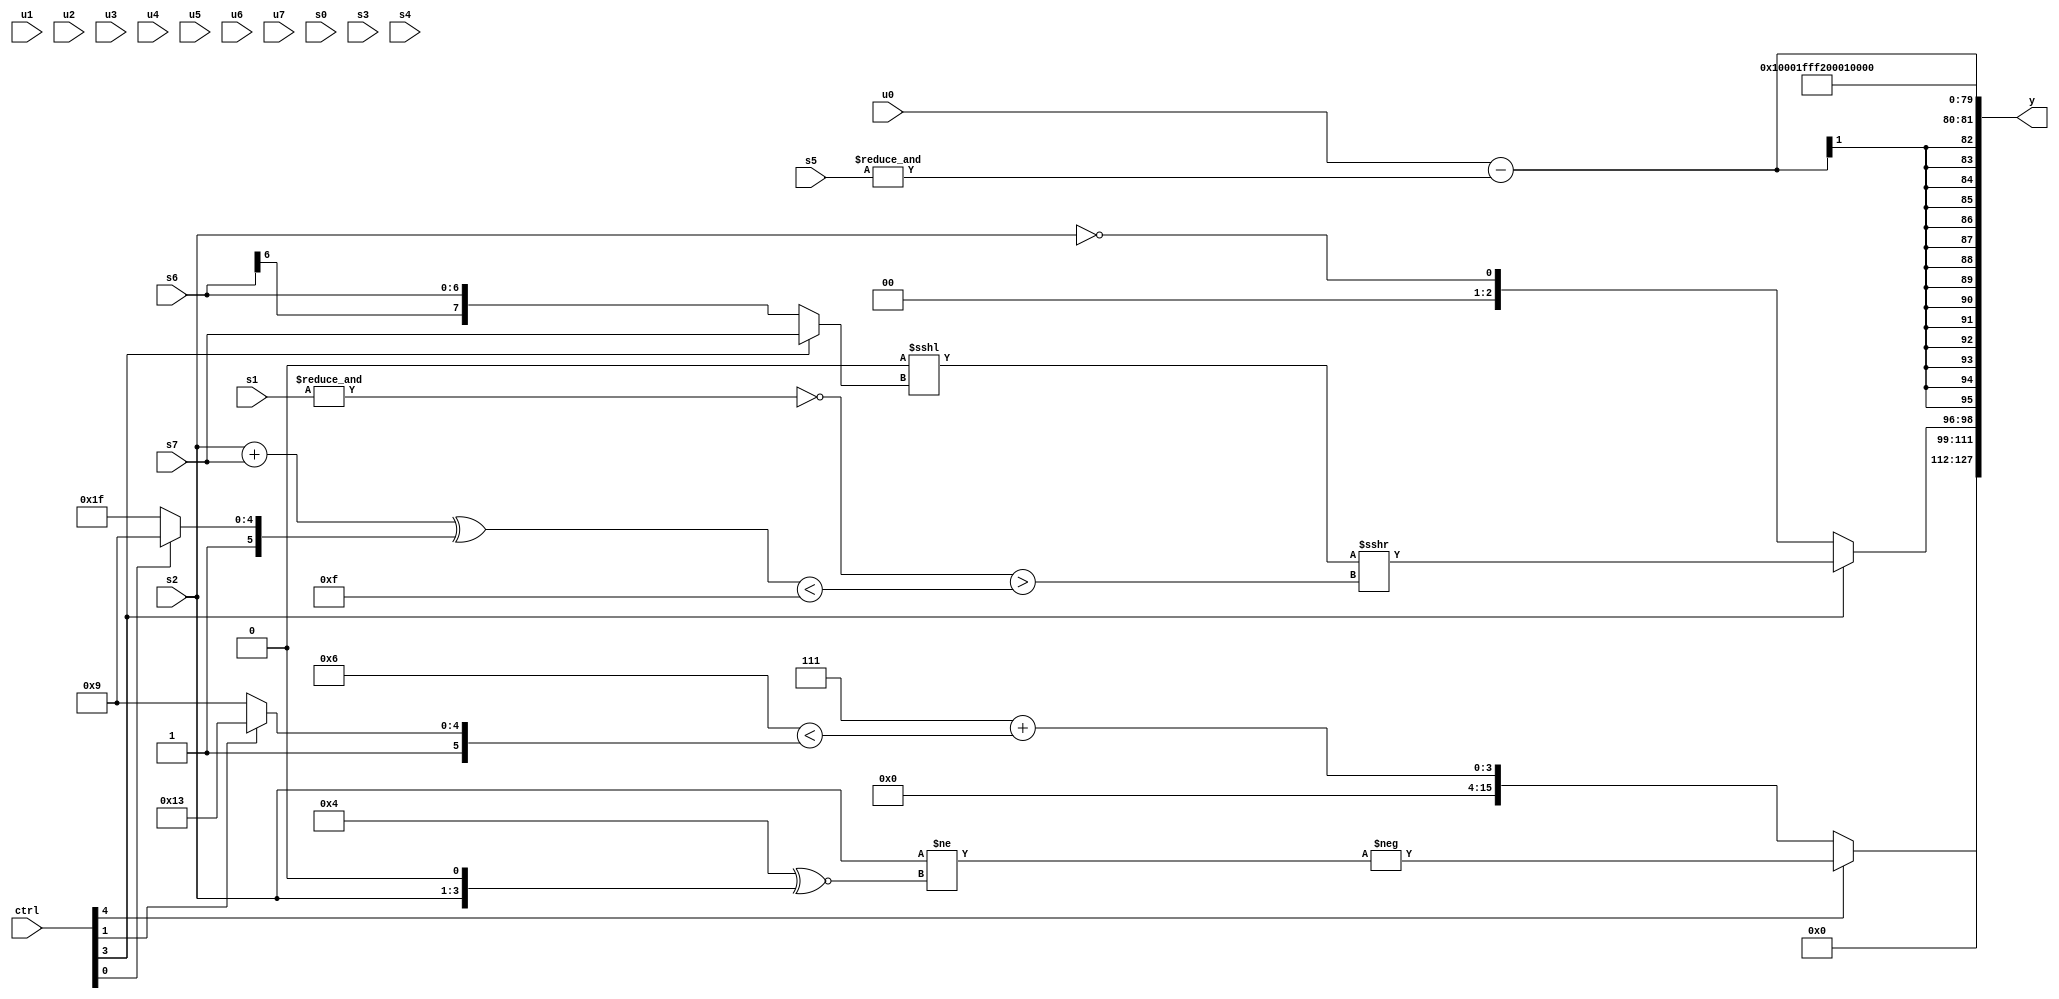
module wideexpr_00155(ctrl, u0, u1, u2, u3, u4, u5, u6, u7, s0, s1, s2, s3, s4, s5, s6, s7, y);
  input [7:0] ctrl;
  input [0:0] u0;
  input [1:0] u1;
  input [2:0] u2;
  input [3:0] u3;
  input [4:0] u4;
  input [5:0] u5;
  input [6:0] u6;
  input [7:0] u7;
  input signed [0:0] s0;
  input signed [1:0] s1;
  input signed [2:0] s2;
  input signed [3:0] s3;
  input signed [4:0] s4;
  input signed [5:0] s5;
  input signed [6:0] s6;
  input signed [7:0] s7;
  output [127:0] y;
  wire [15:0] y0;
  wire [15:0] y1;
  wire [15:0] y2;
  wire [15:0] y3;
  wire [15:0] y4;
  wire [15:0] y5;
  wire [15:0] y6;
  wire [15:0] y7;
  assign y = {y0,y1,y2,y3,y4,y5,y6,y7};
  assign y0 = (ctrl[4]?-((s2)!=((6'sb000100)^~((s2)<<(4'sb0001)))):+(((ctrl[5]?3'sb111:(ctrl[5]?1'sb0:4'b0111)))+((4'sb0110)<((ctrl[1]?6'sb110011:6'sb101001)))));
  assign y1 = (ctrl[3]?{$signed((($signed({3{~|(6'sb101000)}}))<<<((ctrl[3]?s7:s6)))>>>($signed((~&(s1))>((((s2)+(s7))^((ctrl[0]?6'sb101001:1'sb1)))<((5'sb01000)|(-(5'sb10001)))))))}:!(s2));
  assign y2 = ($signed(u0))-(&(s5));
  assign y3 = 5'sb00001;
  assign y4 = 1'b1;
  assign y5 = 5'sb10010;
  assign y6 = +((((3'sb110)>>>((+(({u1,s0,1'b0,s4})>>((1'sb1)&(s6))))^(-((s2)&(u5)))))-($signed(2'sb00)))>>(6'sb111011));
  assign y7 = (3'sb111)-($signed(4'sb0000));
endmodule